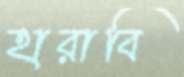
হারাবি